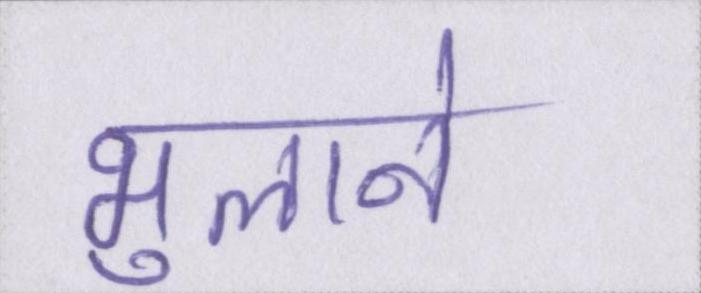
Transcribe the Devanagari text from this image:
भुलाने